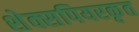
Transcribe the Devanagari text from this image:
शेक्सपियरकृत